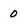
Character: 0